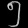
Digit: ၅